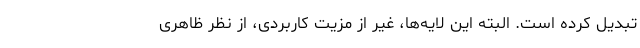
تبدیل کرده است. البته این لایه‌ها، غیر از مزیت کاربردی، از نظر ظاهری